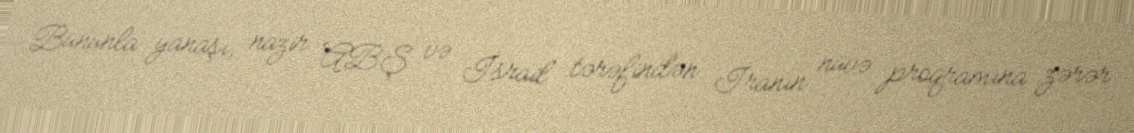
Bununla yanaşı, nazir ABŞ və İsrail tərəfindən İranın nüvə proqramına zərər